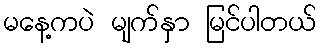
မနေ့ကပဲ မျက်နှာ မြင်ပါတယ်